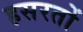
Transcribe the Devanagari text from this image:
हसरतों